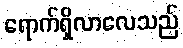
ရောက်ရှိလာလေသည်